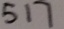
5 1 7